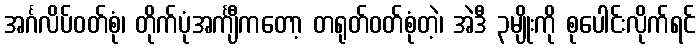
အင်္ဂလိပ်ဝတ်စုံ၊ တိုက်ပုံအင်္ကျီကတော့ တရုတ်ဝတ်စုံတဲ့၊ အဲဒီ ၃မျိုးကို စုပေါင်းလိုက်ရင်